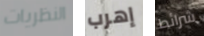
النظريات إهرب شرائط